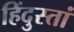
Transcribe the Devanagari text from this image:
हिंदुस्तां